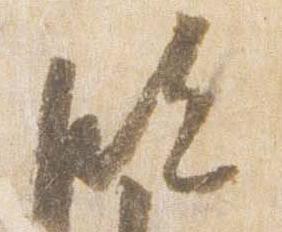
臨